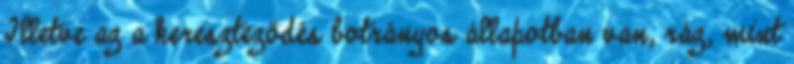
Illetve az a kereszteződés botrányos állapotban van, ráz, mint